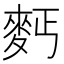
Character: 麫